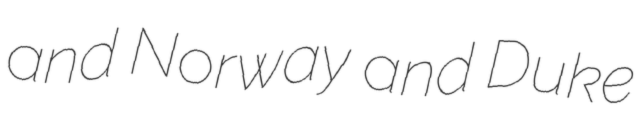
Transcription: and Norway and Duke